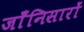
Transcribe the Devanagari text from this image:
जाँनिसारों